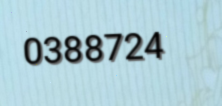
0388724